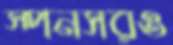
স্পনসরও